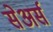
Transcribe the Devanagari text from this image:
सेअर्स